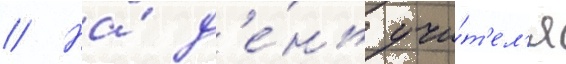
// На́ д'е́нь учи́т'ел'я